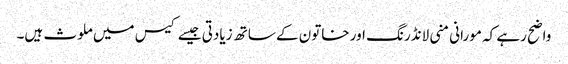
واضح رہے کہ مورانی منی لانڈرنگ اور خاتون کے ساتھ زیادتی جیسے کیس میں ملوث ہیں۔